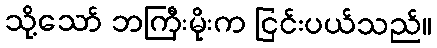
သို့သော် ဘကြီးမိုးက ငြင်းပယ်သည်။